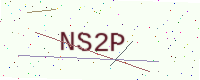
Text: NS2P